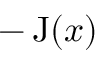
- \operatorname { J } ( x )